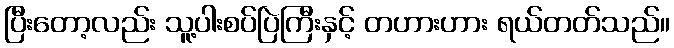
ပြီးတော့လည်း သူ့ပါးစပ်ပြဲကြီးနှင့် တဟားဟား ရယ်တတ်သည်။